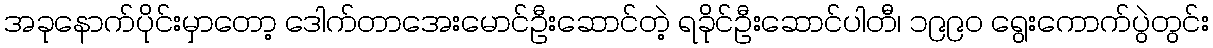
အခုနောက်ပိုင်းမှာတော့ ဒေါက်တာအေးမောင်ဦးဆောင်တဲ့ ရခိုင်ဦးဆောင်ပါတီ၊ ၁၉၉၀ ရွေးကောက်ပွဲတွင်း